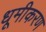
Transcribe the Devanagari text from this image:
धूमीकरण